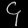
Digit: ၄